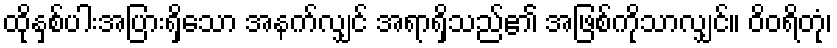
ထိုနှစ်ပါးအပြားရှိသော အနက်လျှင် အရာရှိသည်၏ အဖြစ်ကိုသာလျှင်။ ဝိဝရိတုံ၊